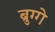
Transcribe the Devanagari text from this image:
ब्रुग्गे